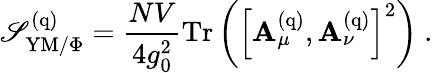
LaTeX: \mathscr{S}_{\mathrm{{YM/\Phi}}}^{(\mathrm{{q}})}={\frac{{NV}}{{4g_{0}^{2}}}}\mathrm{{Tr}}\left(\left[\mathbf{{A}}_{\mu}^{(\mathrm{{q}})},\mathbf{{A}}_{\nu}^{(\mathrm{{q}})}\right]^{2}\right)\ .